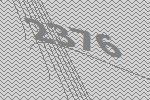
2376